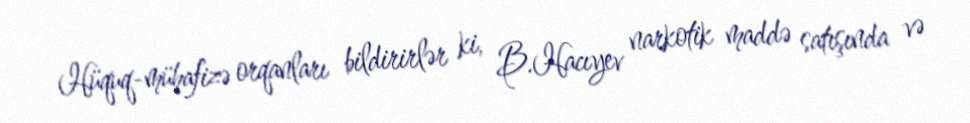
Hüquq-mühafizə orqanları bildirirlər ki, B.Hacıyev narkotik maddə satışında və